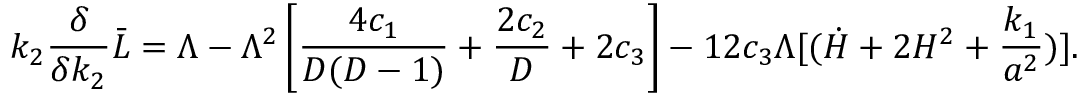
k _ { 2 } { \frac { \delta } { \delta k _ { 2 } } } \bar { L } = \Lambda - \Lambda ^ { 2 } \left[ { \frac { 4 c _ { 1 } } { D ( D - 1 ) } } + { \frac { 2 c _ { 2 } } { D } } + 2 c _ { 3 } \right] - 1 2 c _ { 3 } \Lambda [ ( \dot { H } + 2 H ^ { 2 } + { \frac { k _ { 1 } } { a ^ { 2 } } } ) ] .